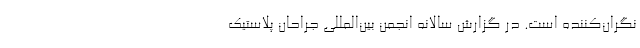
نگران‌کننده است. در گزارش سالانه انجمن بین‌المللی جراحان پلاستیک